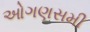
ઓગણસમી